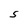
Character: S